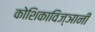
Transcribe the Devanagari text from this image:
कोशिकाविज्ञानी